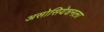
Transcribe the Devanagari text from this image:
असोसियेशनला